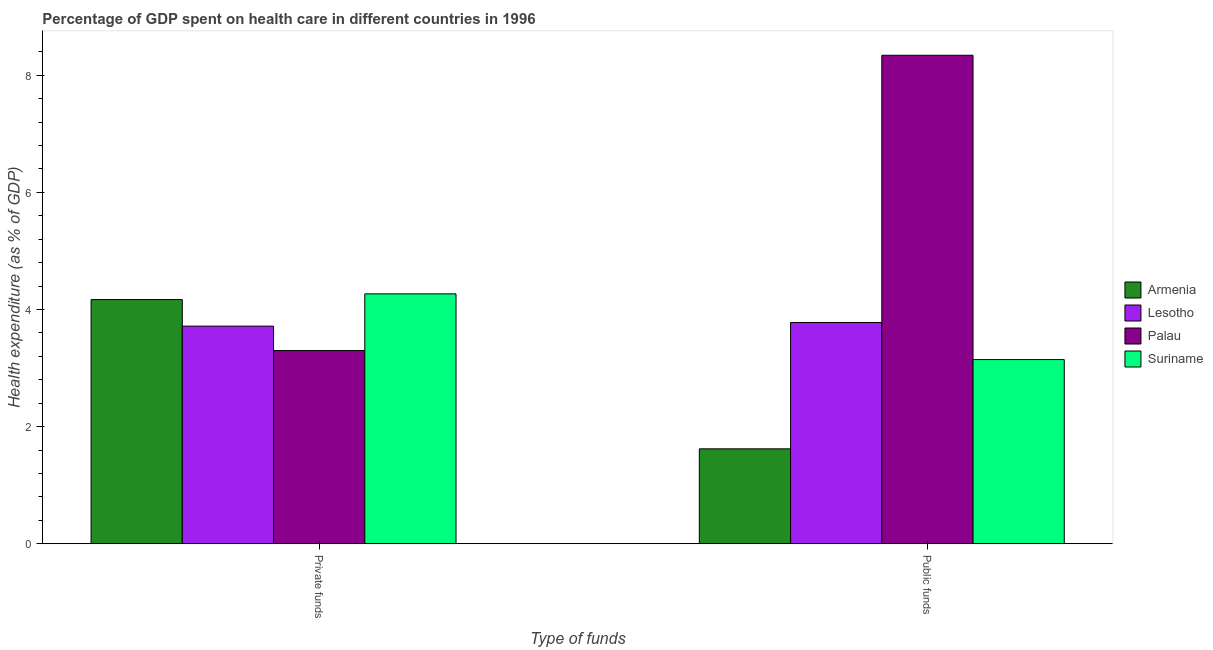
| Type of funds | Armenia | Lesotho | Palau | Suriname |
 | --- | --- | --- | --- | --- |
 | Private funds | 4.17 | 3.72 | 3.3 | 4.27 |
 | Public funds | 1.62 | 3.78 | 8.34 | 3.15 |